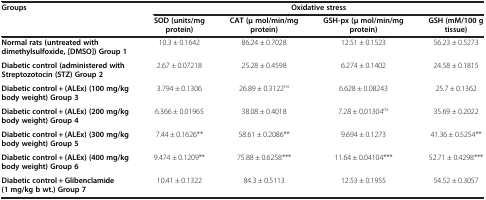
<table><thead><tr><td rowspan="2"><b>Groups</b></td><td colspan="4"><b>Oxidative stress</b></td></tr><tr><td><b>SOD (units/mg protein)</b></td><td><b>CAT (μ mol/min/mg protein)</b></td><td><b>GSH-px (μ mol/min/mg protein)</b></td><td><b>GSH (mM/100 g tissue)</b></td></tr></thead><tbody><tr><td><b>Normal rats (untreated with dimethylsulfoxide, [DMSO]) Group 1</b></td><td>10.3 ± 0.1642</td><td>86.24 ± 0.7028</td><td>12.51 ± 0.1523</td><td>56.23 ± 0.5273</td></tr><tr><td><b>Diabetic control (administered with Streptozotocin (STZ) Group 2</b></td><td>2.67 ± 0.07218</td><td>25.28 ± 0.4598</td><td>6.274 ± 0.1402</td><td>24.58 ± 0.1815</td></tr><tr><td><b>Diabetic control + (ALEx) (100 mg/kg body weight) Group 3</b></td><td>3.794 ± 0.1306</td><td>26.89 ± 0.3122<sup>ns</sup></td><td>6.628 ± 0.08243</td><td>25.7 ± 0.1362</td></tr><tr><td><b>Diabetic control + (ALEx) (200 mg/kg body weight) Group 4</b></td><td>6.366 ± 0.01965</td><td>38.08 ± 0.4018</td><td>7.28 ± 0.01304<sup>ns</sup></td><td>35.69 ± 0.2022</td></tr><tr><td><b>Diabetic control + (ALEx) (300 mg/kg body weight) Group 5</b></td><td>7.44 ± 0.1626**</td><td>58.61 ± 0.2086**</td><td>9.694 ± 0.1273</td><td>41.36 ± 0.5254**</td></tr><tr><td><b>Diabetic control + (ALEx) (400 mg/kg body weight) Group 6</b></td><td>9.474 ± 0.1209**</td><td>75.88 ± 0.6258***</td><td>11.64 ± 0.04104***</td><td>52.71 ± 0.4298***</td></tr><tr><td><b>Diabetic control + Glibenclamide (1 mg/kg b wt.) Group 7</b></td><td>10.41 ± 0.1322</td><td>84.3 ± 0.5113</td><td>12.53 ± 0.1955</td><td>54.52 ± 0.3057</td></tr></tbody></table>